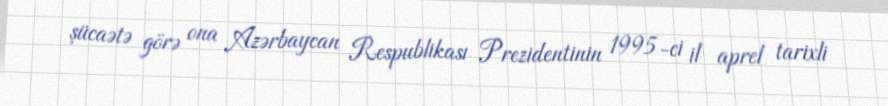
şücaətə görə ona Azərbaycan Respublikası Prezidentinin 1995-ci il aprel tarixli